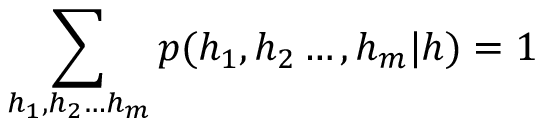
\sum _ { h _ { 1 } , h _ { 2 } \ldots h _ { m } } p ( h _ { 1 } , h _ { 2 } \ldots , h _ { m } | h ) = 1